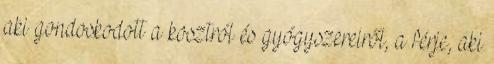
aki gondoskodott a kosztról és gyógyszereiről, a férje, aki